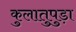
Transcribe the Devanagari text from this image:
कुलातुपुड़ा